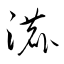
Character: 漉